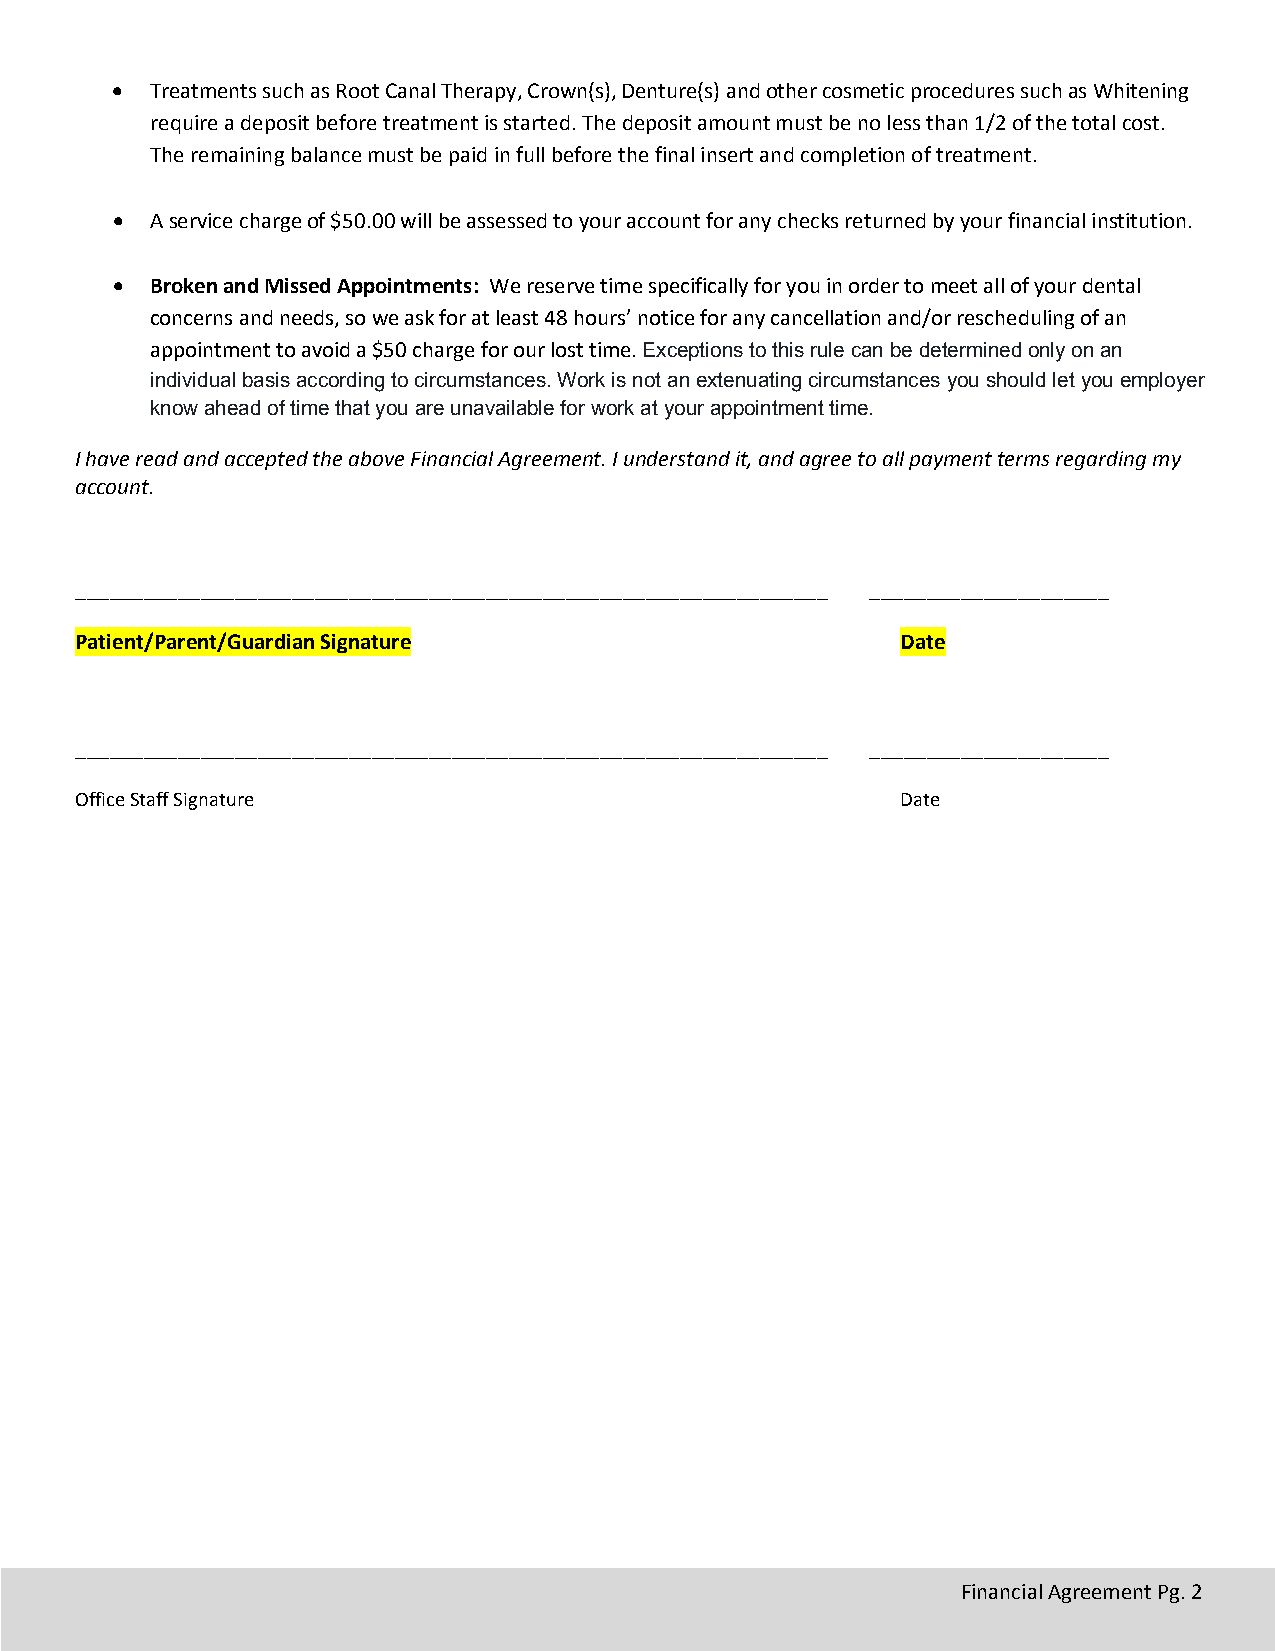
•  Treatments such as Root Canal Therapy, Crown(s), Denture(s) and other cosmetic procedures such as Whitening
 require a deposit before treatment is started. The deposit amount must be no less than 1/2 of the total cost.
 The remaining balance must be paid in full before the final insert and completion of treatment.
 •  A service charge of $50.00 will be assessed to your account for any checks returned by your financial institution.
 •  Broken and Missed Appointments: We reserve time specifically for you in order to meet all of your dental
 concerns and needs, so we ask for at least 48 hours’ notice for any cancellation and/or rescheduling of an
 appointment to avoid a $50 charge for our lost time. Exceptions to this rule can be determined only on an
 individual basis according to circumstances. Work is not an extenuating circumstances you should let you employer
 know ahead of time that you are unavailable for work at your appointment time.
 I have read and accepted the above Financial Agreement. I understand it, and agree to all payment terms regarding my
 account.
 __________________________________________________________________ _____________________
 Patient/Parent/Guardian Signature                      Date
 __________________________________________________________________ _____________________
 Office Staff Signature                                 Date
 Financial Agreement Pg. 2